NAE_ERA_R-1705_Moor,_Felix, lk 3
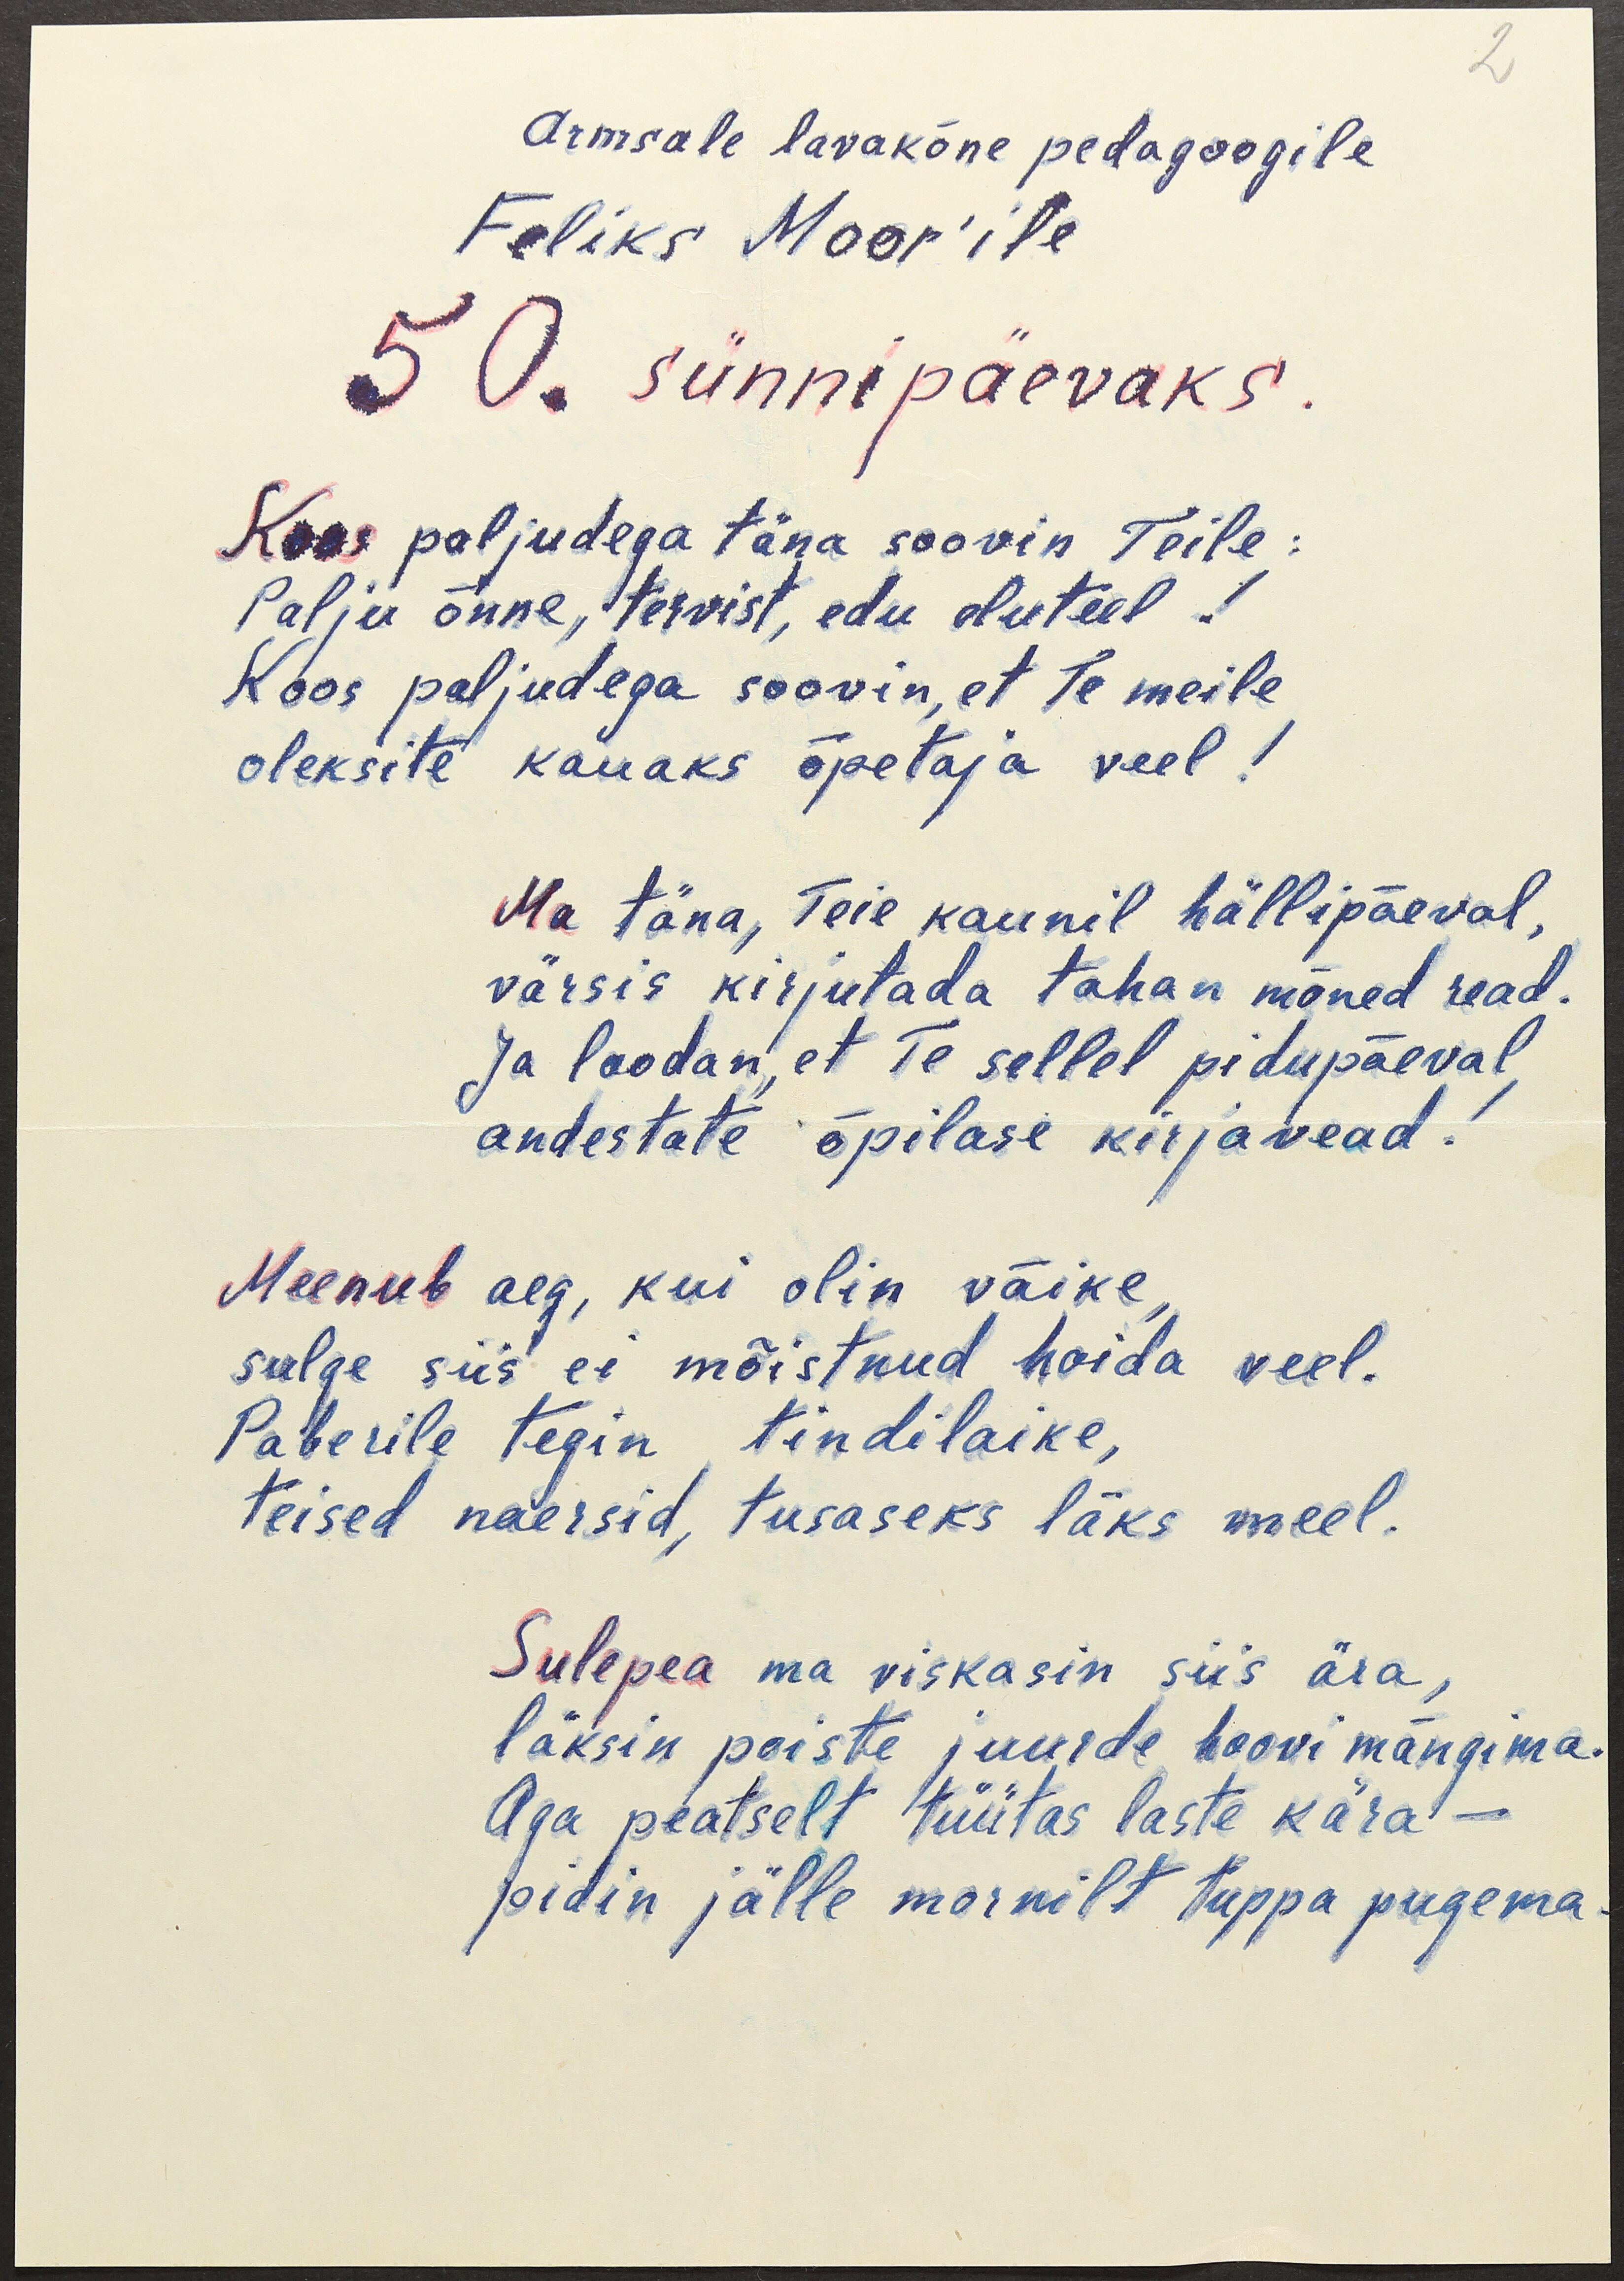
2
Armsale lavakõne pedagoogile
Feliks Moor'ile
50. sünnepäevaks.
Koos paljudega täna soovin Teile:
Palju õnne, tervist, edu eluteel!
Koos paljudega soovin, et Te meile
oleksite kauaks õpetaja veel!
Ma täna, Teie kaunil hällipäeval,
värsis kirjutada tahan mõned read.
Ja loodan, et Te sellel pidupäeval,
andestate õpilase kirjavead!
Meenub aeg, kui olin väike
sulge siis ei mõistnud hoida veel.
Paberile tegin tindilaike,
teised naersid, tusaseks läks meel.
Sulepea ma viskasin siis ära,
läksin poiste juurde hoovi mängima.
Aga peatselt tüütas laste kära -
pidin jälle mornilt tuppa pugema.